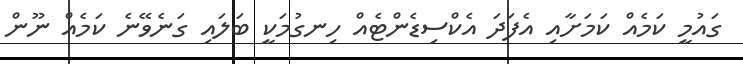
ގައުމީ ކަމެއް ކަމަށާއި އެފަދަ އެކްސިޑެންޓެއް ހިނގުމަކީ ބަލައި ގަނެވޭނެ ކަމެއް ނޫން